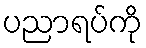
ပညာရပ်ကို